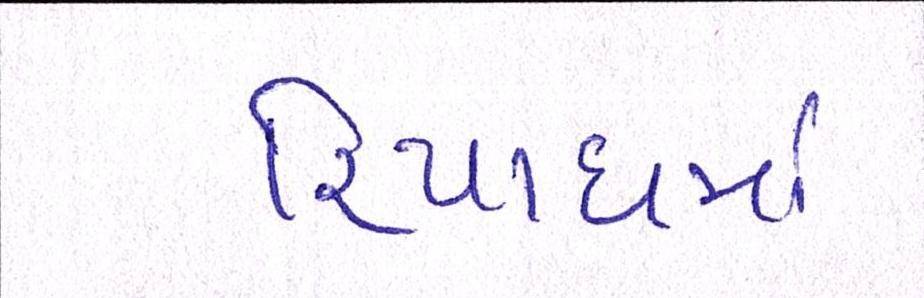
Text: રિયાધમાં